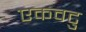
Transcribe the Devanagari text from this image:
एकवटु